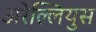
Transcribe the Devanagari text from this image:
अरेल्लियुस